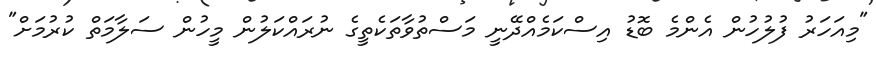
"މިއަަހަރު ފުލުހުން އެންމެ ބޮޑު އިސްކަމެއްދޭނީ މަސްތުވާތަކެތީގެ ނުރައްކަލުން މީހުން ސަލާމަތް ކުރުމަށް"